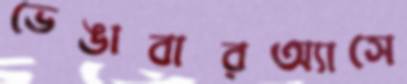
ভেঙাবারঅ্যাসে